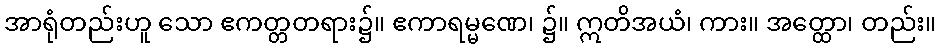
အာရုံတည်းဟူ သော ဧကတ္တတရား၌။ ဧကာရမ္မဏေ၊ ၌။ ဣတိအယံ၊ ကား။ အတ္ထော၊ တည်း။